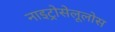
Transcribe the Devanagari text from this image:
नाइट्रोसेलूलोस